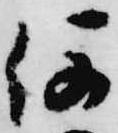
何